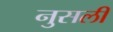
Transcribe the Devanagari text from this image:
नुसली